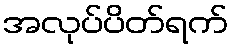
အလုပ်ပိတ်ရက်